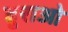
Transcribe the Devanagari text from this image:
दुराओ